Source: Handwritten
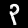
Digit: ၃ (3)